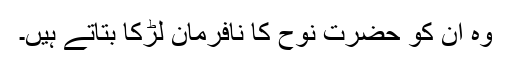
وہ ان کو حضرت نوح کا نافرمان لڑکا بتاتے ہیں۔